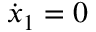
\dot { x } _ { 1 } = 0